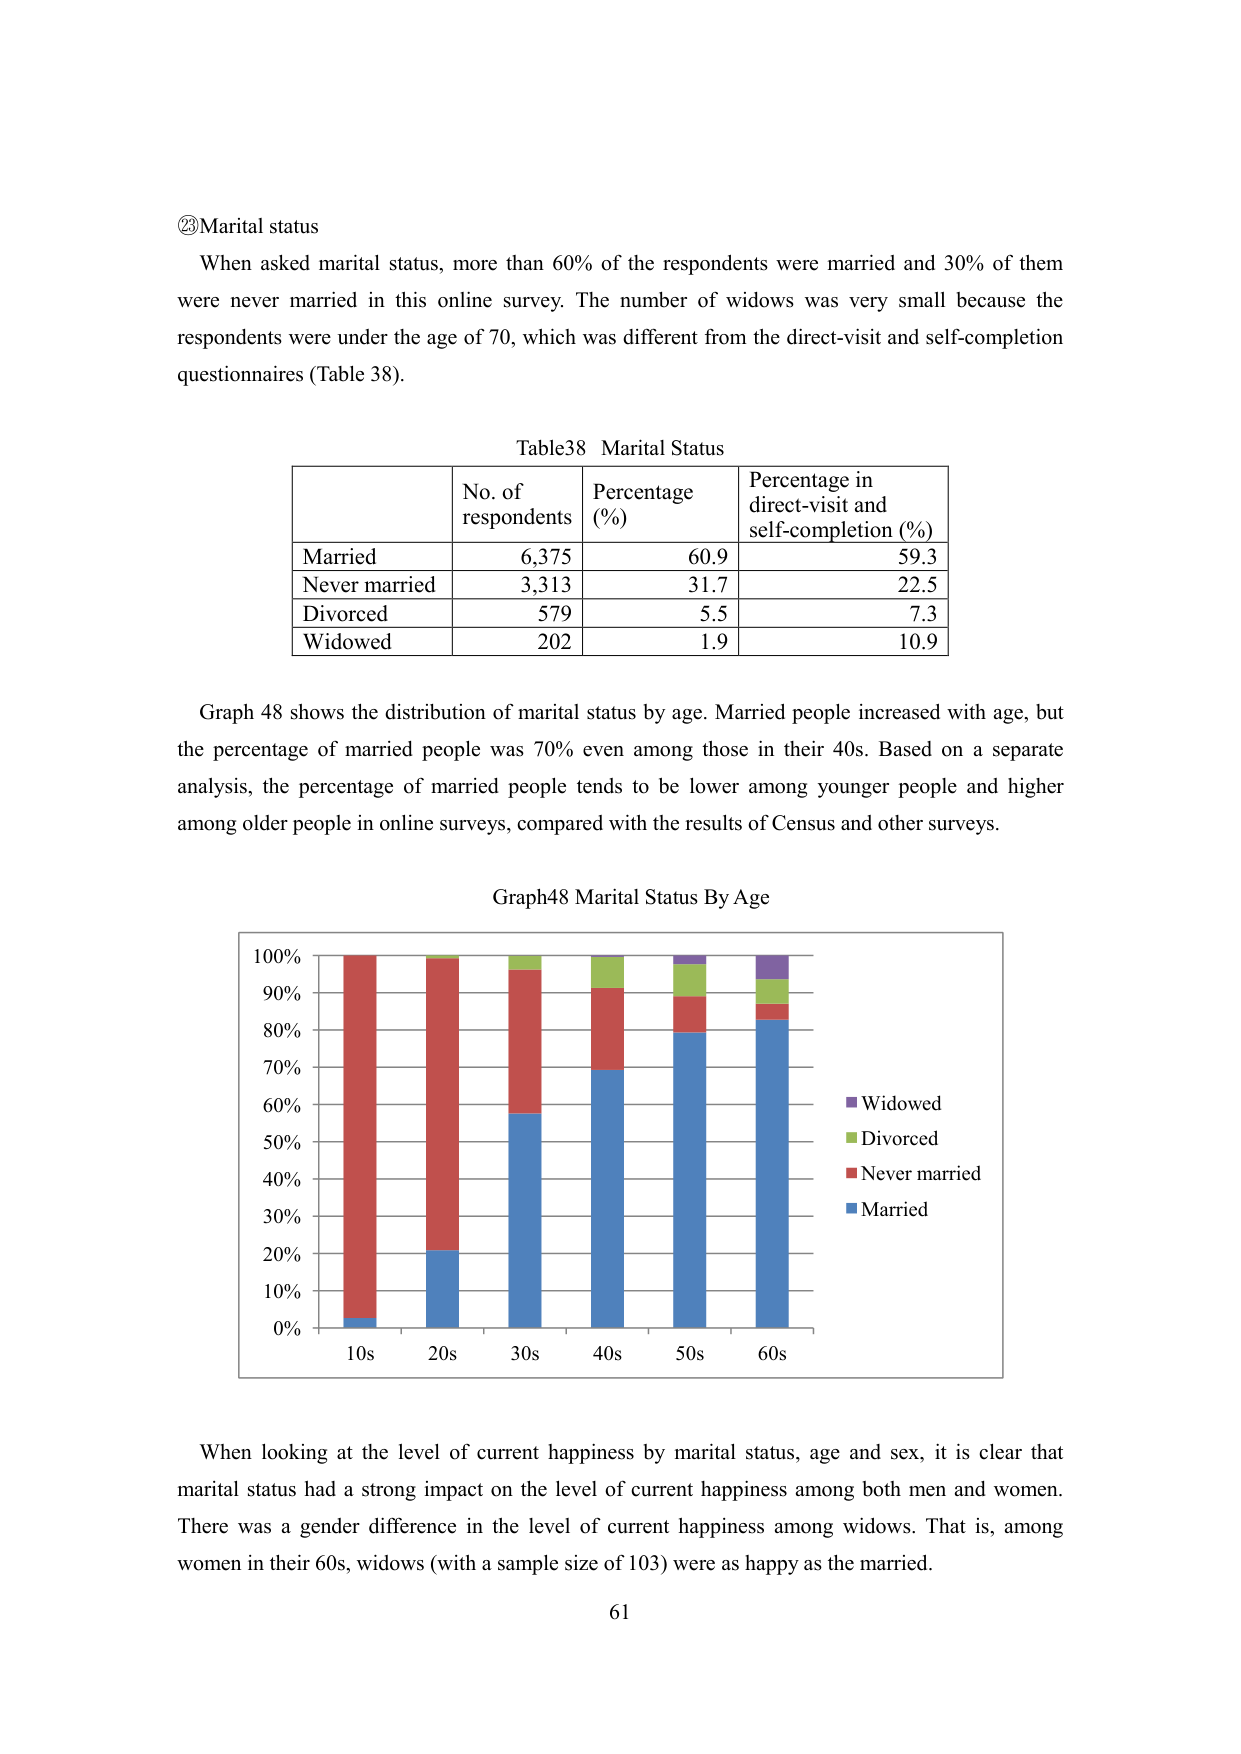
②Marital status
When asked marital status, more than 60% of the respondents were married and 30% of them were never married in this online survey. The number of widows was very small because the respondents were under the age of 70, which was different from the direct-visit and self-completion questionnaires (Table 38).

Table38 Marital Status
| | No. of respondents | Percentage (%) | Percentage in direct-visit and self-completion (%) |
|---|---|---|---|
| Married | 6,375 | 60.9 | 59.3 |
| Never married | 3,313 | 31.7 | 22.5 |
| Divorced | 579 | 5.5 | 7.3 |
| Widowed | 202 | 1.9 | 10.9 |

Graph 48 shows the distribution of marital status by age. Married people increased with age, but the percentage of married people was 70% even among those in their 40s. Based on a separate analysis, the percentage of married people tends to be lower among younger people and higher among older people in online surveys, compared with the results of Census and other surveys.

Graph48 Marital Status By Age
[Bar chart with age groups: 10s, 20s, 30s, 40s, 50s, 60s on x-axis; percentage from 0% to 100% on y-axis. Bars are stacked with colors representing:
■ Widowed
■ Divorced
■ Never married
■ Married]

When looking at the level of current happiness by marital status, age and sex, it is clear that marital status had a strong impact on the level of current happiness among both men and women. There was a gender difference in the level of current happiness among widows. That is, among women in their 60s, widows (with a sample size of 103) were as happy as the married.

61